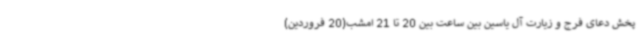
پخش دعای فرج و زیارت آل یاسین بین ساعت بین 20 تا 21 امشب(20 فروردین)